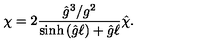
\chi = 2 \frac { { \hat { g } } ^ { 3 } / g ^ { 2 } } { \sinh { \left( { \hat { g } } \ell \right) } + { \hat { g } } \ell } { \hat { \chi } } .